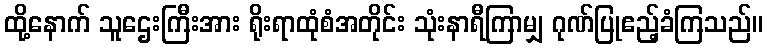
ထို့နောက် သူဌေးကြီးအား ရိုးရာထုံစံအတိုင်း သုံးနာရီကြာမျှ ဂုဏ်ပြုဧည့်ခံကြသည်။